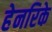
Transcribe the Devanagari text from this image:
हेनरिके